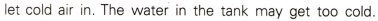
let cold air in.The water in the tank may get too cold.